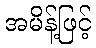
အမိန့်ဖြင့်